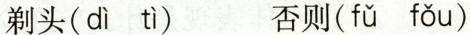
\underset{·}{剃}头(dì tì) \underset{·}{否}则(fǔ fǒu)